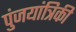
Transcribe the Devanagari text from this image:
पुंजयांत्रिकी